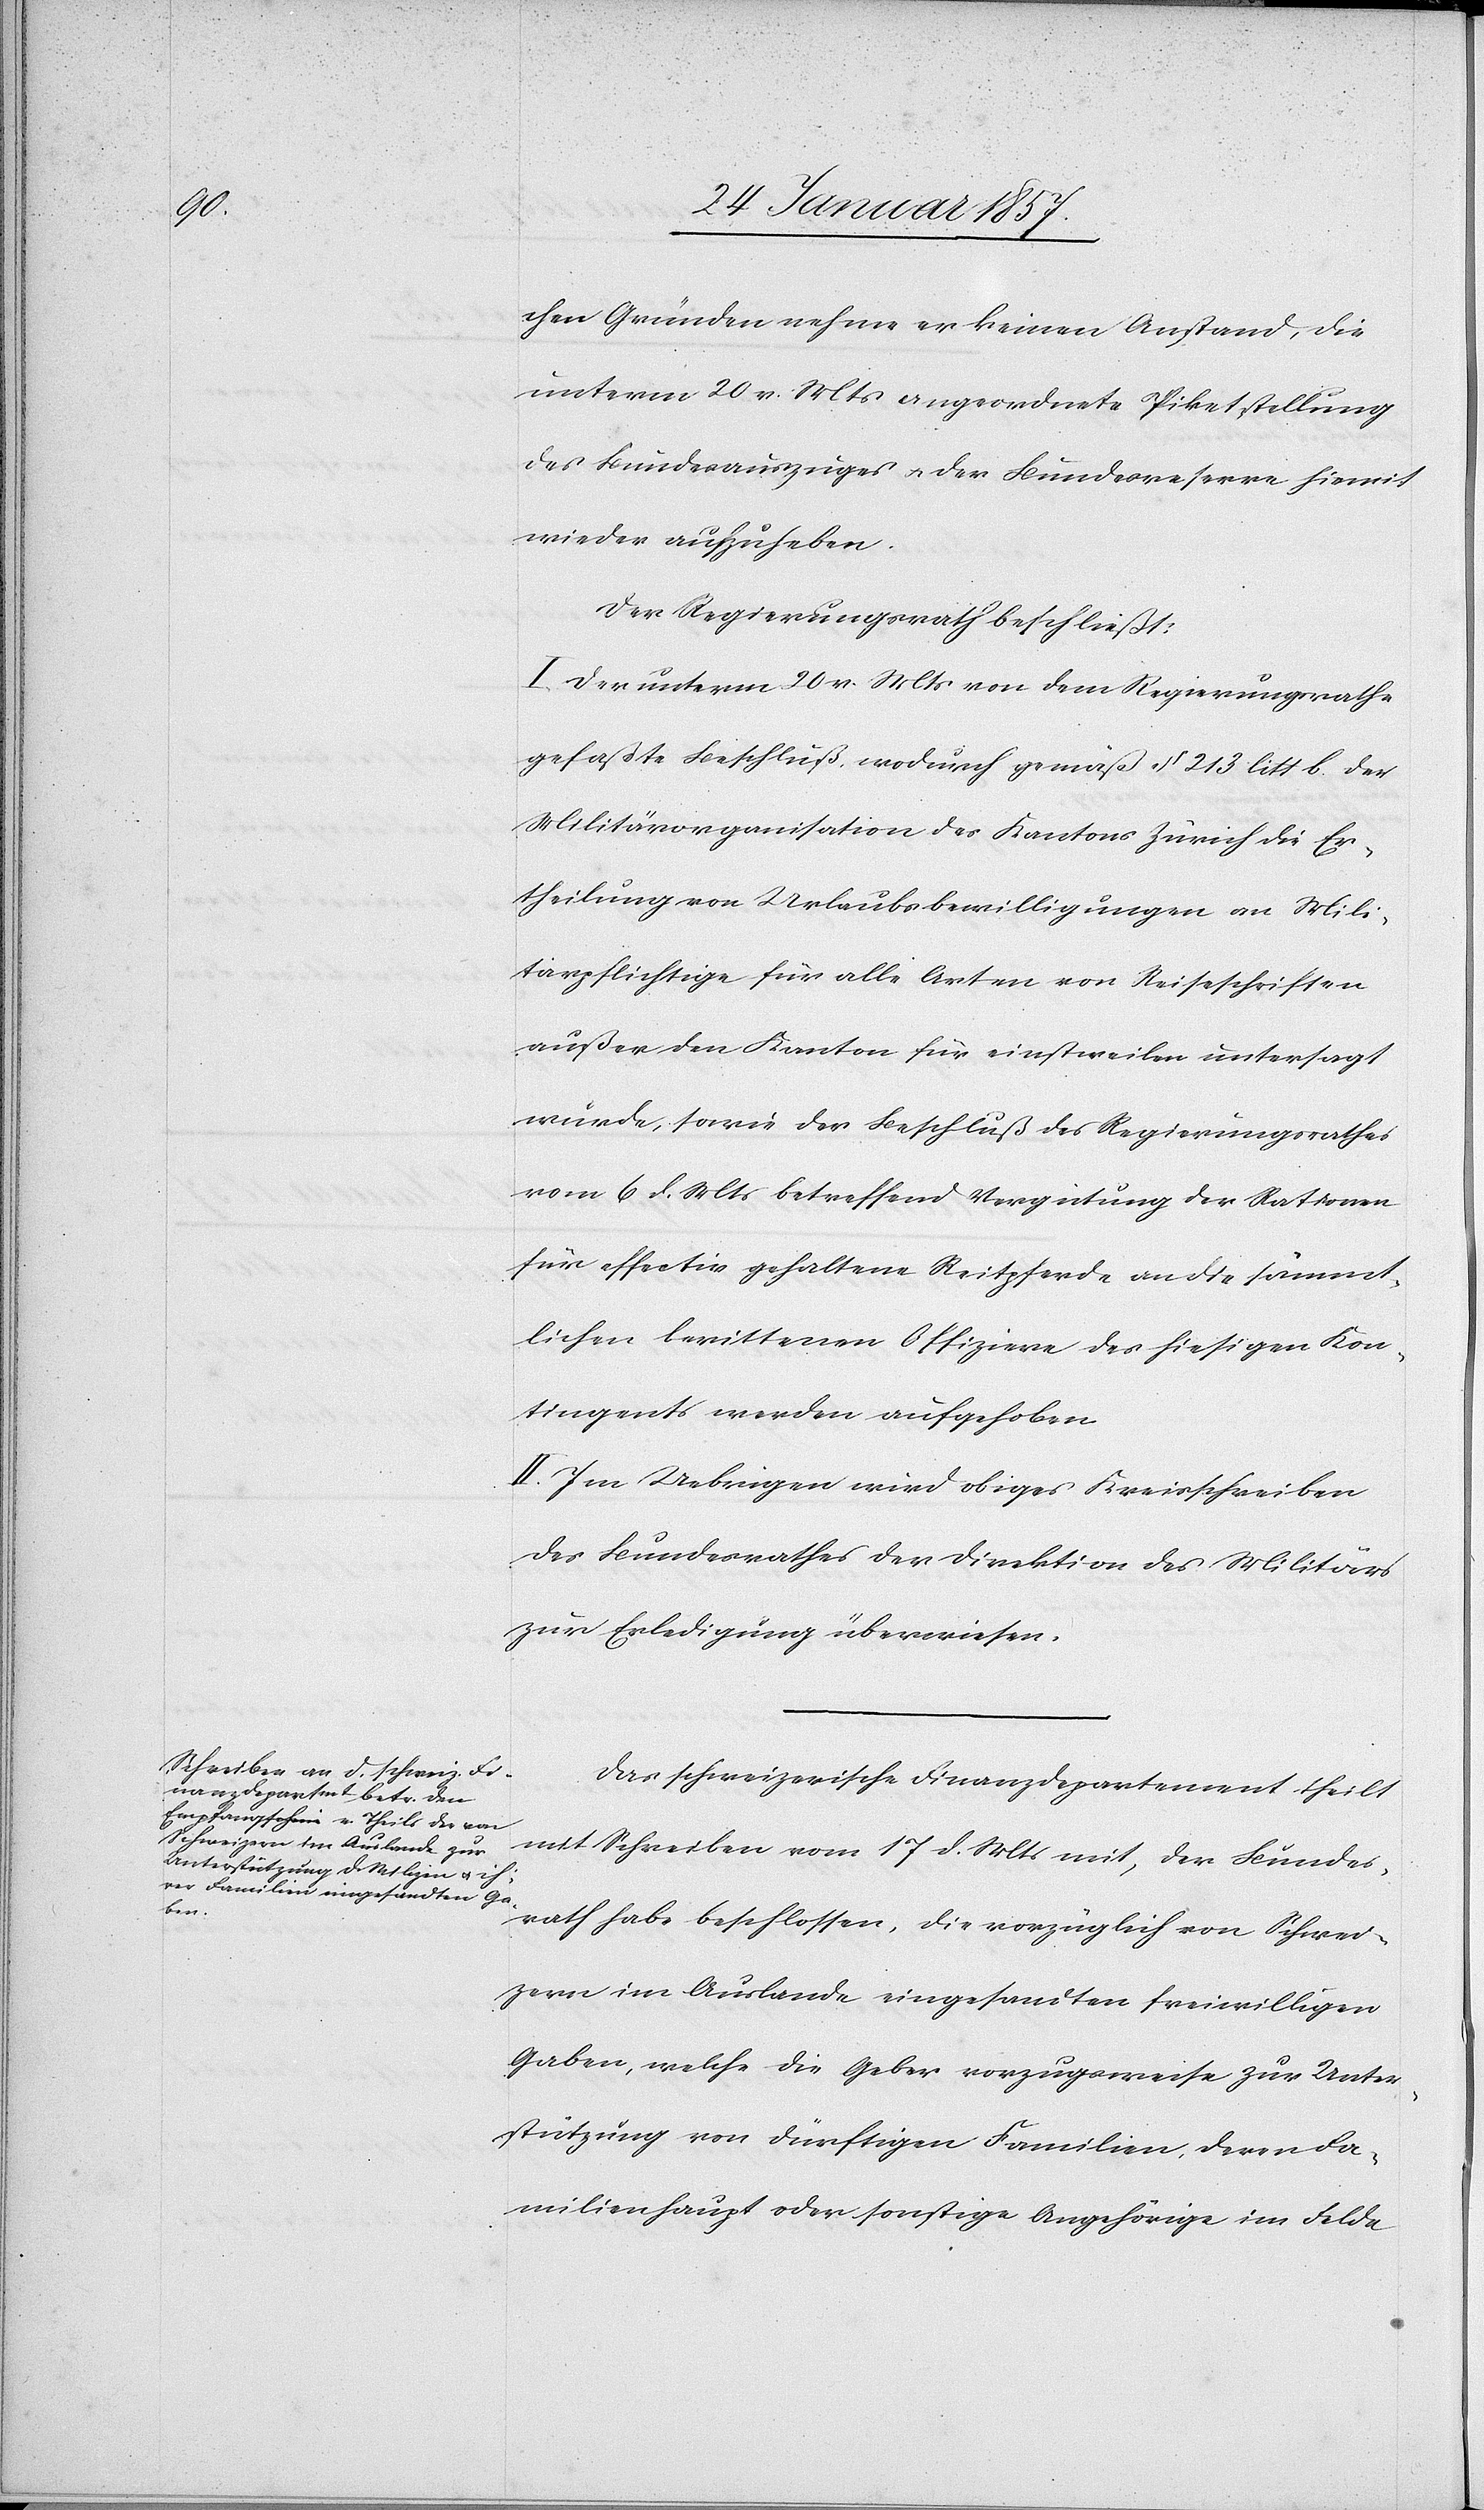
chen Gründen nehme er keinen Anstand, die
unterm 20 v. Mts angeordnete Piketstellung
des Bundesauszuges u. der Bundesreserve hiemit
wieder aufzuheben.
Der Regierungsrath beschließt:
I. Der unterm 20 v. Mts von dem Regierungsrathe
gefaßte Beschluß, wodurch gemäß § 213 litt b. der
Militärorganisation des Kantons Zürich die Er¬
theilung von Urlaubsbewilligungen an Mili¬
tärpflichtige für alle Arten von Reiseschriften
außer den Kanton für einstweilen untersagt
wurde, sowie der Beschluß des Regierungsrathes
vom 6 d. Mts betreffend Vergütung der Rationen
für effectiv gehaltene Reitpferde an die sämmt¬
lichen berittenen Offiziere des hiesigen Kon¬
tingents werden aufgehoben.
II. Im Uebrigen wird obiges Kreisschreiben
des Bundesrathes der Direktion des Militärs
zur Erledigung überwiesen.
Das schweizerische Finanzdepartement theilt
mit Schreiben vom 17 d. Mts mit, der Bundes¬
rath habe beschlossen, die vorzüglich von Schwei¬
zern im Auslande eingesandten freiwilligen
Gaben, welche die Geber vorzugsweise zur Unter¬
stützung von dürftigen Familien, deren Fa¬
milienhaupt oder sonstige Angehörige im Felde